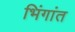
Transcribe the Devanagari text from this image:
भिंगांत